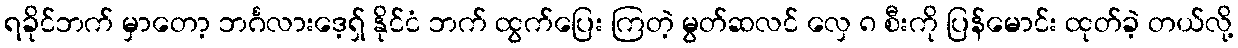
ရခိုင်ဘက် မှာတော့ ဘင်္ဂလားဒေ့ရှ် နိုင်ငံ ဘက် ထွက်ပြေး ကြတဲ့ မွတ်ဆလင် လှေ ၈ စီးကို ပြန်မောင်း ထုတ်ခဲ့ တယ်လို့